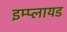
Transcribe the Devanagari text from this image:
इम्प्लायड